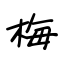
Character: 梅